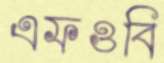
এফওবি